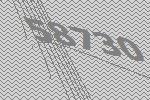
58730